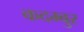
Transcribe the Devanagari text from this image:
कदम्बुर